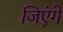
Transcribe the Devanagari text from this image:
जिएंगे